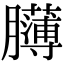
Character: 𦢸